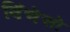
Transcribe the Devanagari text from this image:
विंचेसो